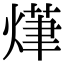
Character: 𭵨